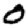
Digit: 0